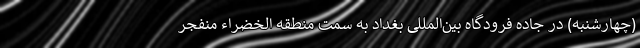
(چهارشنبه) در جاده فرودگاه بین‌المللی بغداد به سمت منطقه الخضراء منفجر